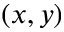
( x , y )